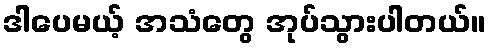
ဒါပေမယ့် အသံတွေ အုပ်သွားပါတယ်။